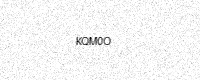
Text: KQM0O